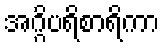
အဂ္ဂိပရိစာရိကာ